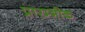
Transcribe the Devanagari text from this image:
प्रारम्भीक